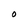
Character: O